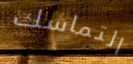
التماسك